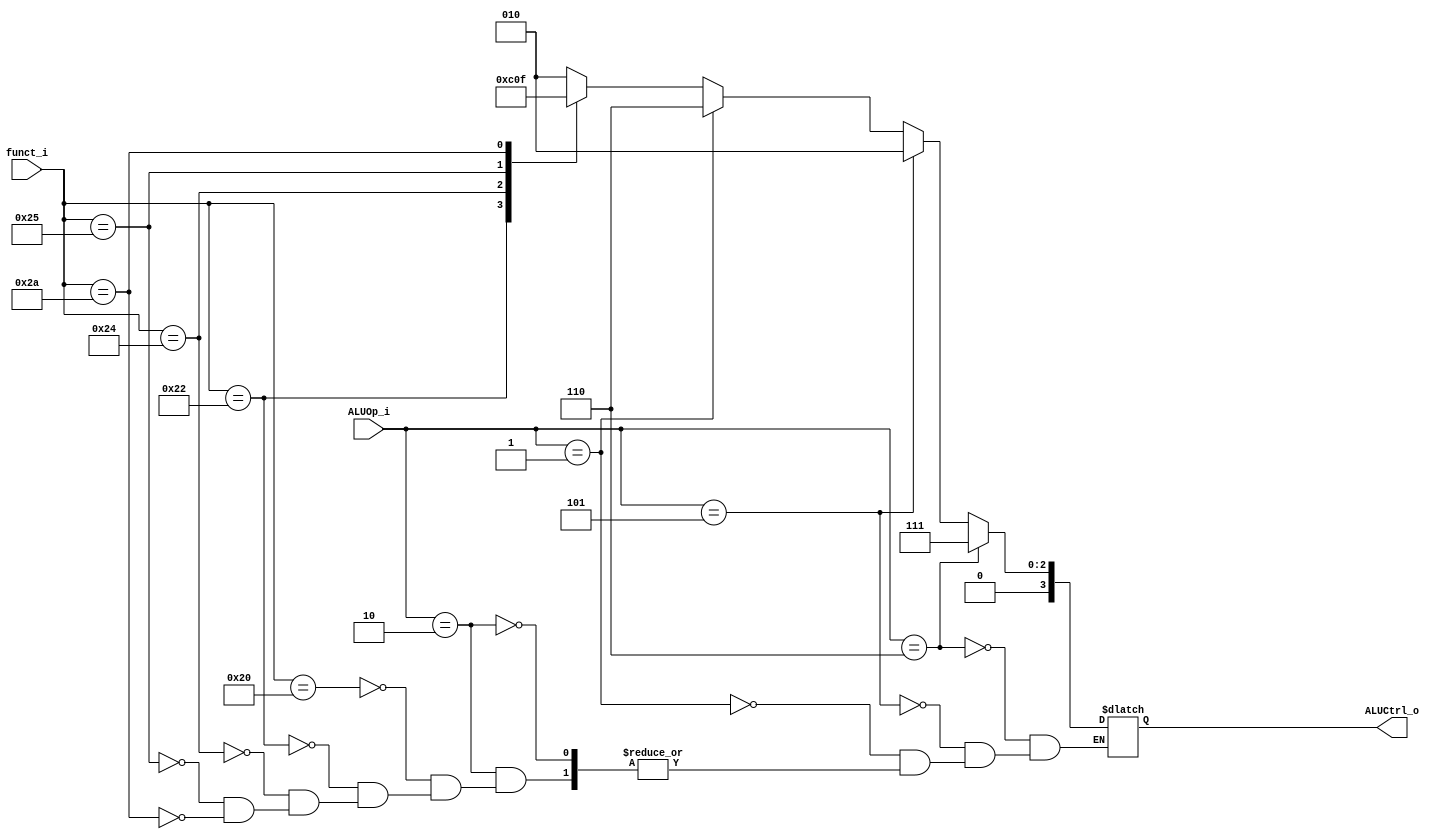
//Subject:     CO project 2 - ALU Controller
//--------------------------------------------------------------------------------
//Version:     1
//--------------------------------------------------------------------------------
//Writer:      
//----------------------------------------------
//Date:        
//----------------------------------------------
//Description: 
//--------------------------------------------------------------------------------
`timescale 1ns/1ps
module ALU_Ctrl(
          funct_i,
          ALUOp_i,
          ALUCtrl_o
          );
          
//I/O ports 
input      [6-1:0] funct_i;
input      [3-1:0] ALUOp_i;

output     [4-1:0] ALUCtrl_o;    
     
//Internal Signals
//reg        [4-1:0] ALUCtrl_o;

//Parameter
reg        [4-1:0] result;
       
//Select exact operation
always@(*)begin
	if(ALUOp_i == 3'b010)begin
        case(funct_i)
        6'd32: result <= 4'b0010;  //add
        6'd34: result <= 4'b0110;  //sub
        6'd36: result <= 4'b0000;  //and
        6'd37: result <= 4'b0001;  //or
        6'd42: result <= 4'b0111;  //slt
       endcase
	end 
	if(ALUOp_i == 3'b001) result <= 4'b0110;  //sub
    if(ALUOp_i == 3'b101) result <= 4'b0010;  //add
	if(ALUOp_i == 3'b110) result <= 4'b0111;  //slt
end

assign ALUCtrl_o = result;

endmodule